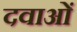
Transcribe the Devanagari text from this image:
दवाअों